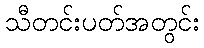
သီတင်းပတ်အတွင်း